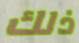
ذلك